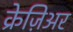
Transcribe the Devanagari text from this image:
क्रेज़िअर